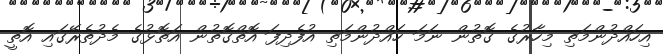
އިހައްދުންމަތި މިހާރުގެ ގޮތުން ނަމަ ހައްދުންމަތި އުފެދިފަ އޮތްގޮތުން އަތޮޅުގެ މެދުތެރޭގައި އޮތީ